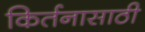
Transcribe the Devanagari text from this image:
किर्तनासाठी